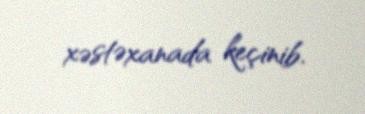
xəstəxanada keçinib.